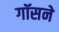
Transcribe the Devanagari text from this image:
गॉसने